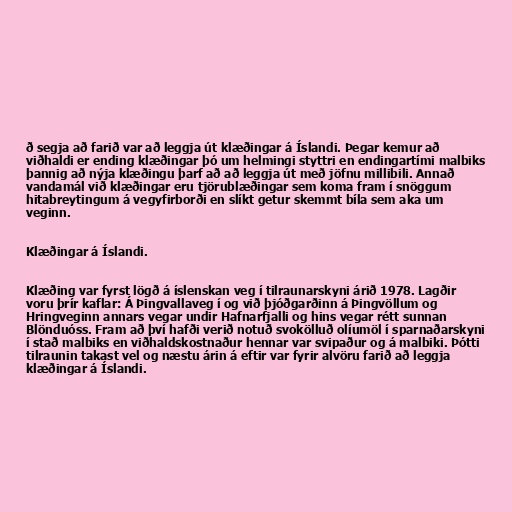
ð segja að farið var að leggja út klæðingar á Íslandi. Þegar kemur að
viðhaldi er ending klæðingar þó um helmingi styttri en endingartími malbiks
þannig að nýja klæðingu þarf að að leggja út með jöfnu millibili. Annað
vandamál við klæðingar eru tjörublæðingar sem koma fram í snöggum
hitabreytingum á vegyfirborði en slíkt getur skemmt bíla sem aka um
veginn.

Klæðingar á Íslandi.

Klæðing var fyrst lögð á íslenskan veg í tilraunarskyni árið 1978. Lagðir
voru þrír kaflar: Á Þingvallaveg í og við þjóðgarðinn á Þingvöllum og
Hringveginn annars vegar undir Hafnarfjalli og hins vegar rétt sunnan
Blönduóss. Fram að því hafði verið notuð svokölluð olíumöl í sparnaðarskyni
í stað malbiks en viðhaldskostnaður hennar var svipaður og á malbiki. Þótti
tilraunin takast vel og næstu árin á eftir var fyrir alvöru farið að leggja
klæðingar á Íslandi.